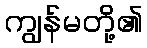
ကျွန်မတို့၏